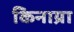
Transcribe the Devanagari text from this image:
किनाय्रा